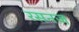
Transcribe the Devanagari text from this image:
रसनज